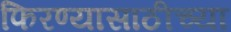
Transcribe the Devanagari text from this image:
फिरण्यासाठीच्या